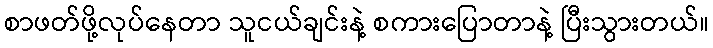
စာဖတ်ဖို့လုပ်နေတာ သူငယ်ချင်းနဲ့ စကားပြောတာနဲ့ ပြီးသွားတယ်။